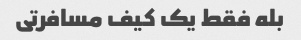
بله فقط یک کیف مسافرتی